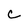
Character: C